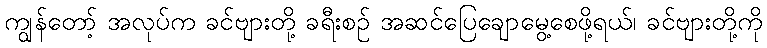
ကျွန်တော့် အလုပ်က ခင်ဗျားတို့ ခရီးစဉ် အဆင်ပြေချောမွေ့စေဖို့ရယ်၊ ခင်ဗျားတို့ကို